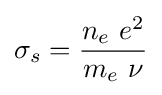
\sigma _{s}={\frac {n_{e}\ e^{2}}{m_{e}\ \nu }}